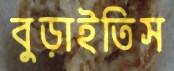
বুড়াইতিস